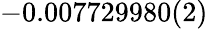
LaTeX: -0.007729980(2)